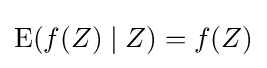
\operatorname {E} (f(Z)\mid Z)=f(Z)